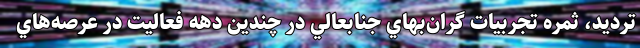
تردید، ثمره تجربيات گران‌بهاي جنابعالي در چندين دهه فعاليت در عرصه‌هاي